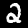
Digit: 2